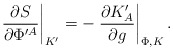
\begin{align*}\left. {\partial S\over \partial \Phi^{\prime A}}\right|_{K^\prime}=-\left. {\partial K^\prime_A\over \partial g }\right|_{\Phi,K}.\end{align*}